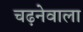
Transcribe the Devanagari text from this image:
चढ़नेवाला